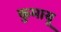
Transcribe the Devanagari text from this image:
कुमायू